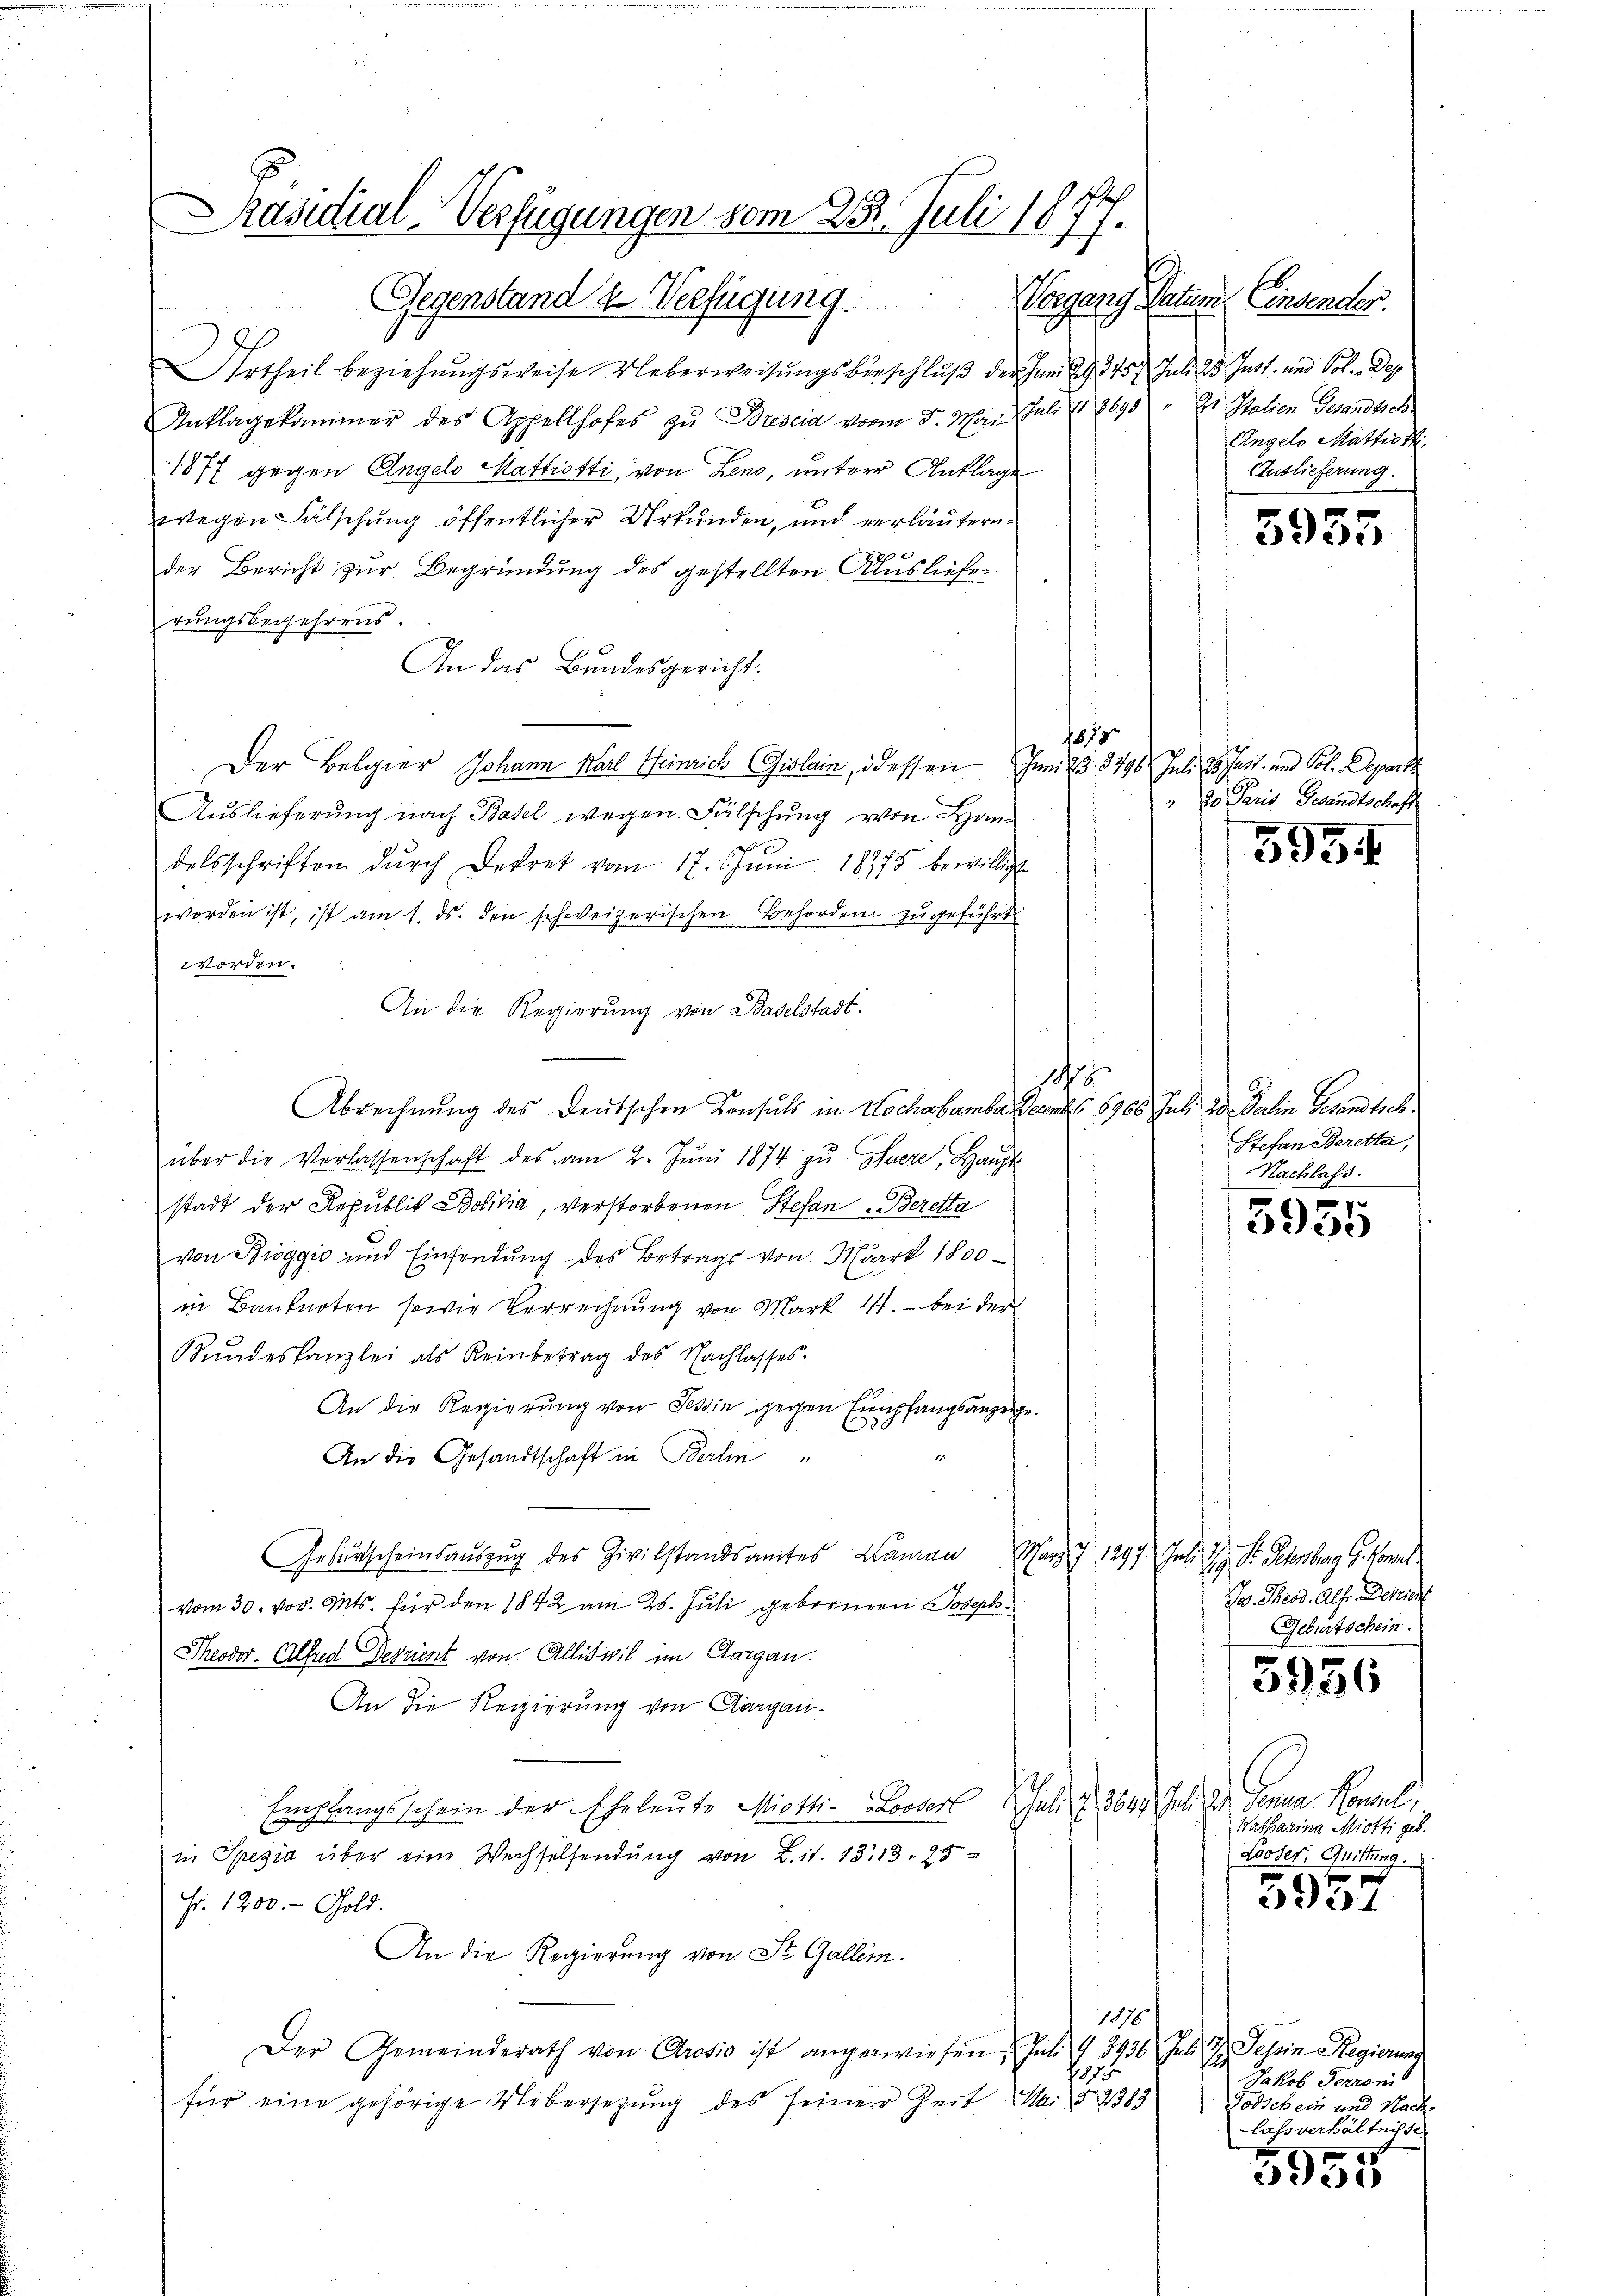
Urtheil beziehungsweise Ueberweisungsverschluß der Juni l. 3457 Juli 25. Just- und Vol. Dep
Anklagekammer des Appellhofes zu Brescia vom 5. Mai, Juli d. 2695 " Es Italien Gesandtsch
1877 gegen Angelo Mattiotti von Leno, untere Anklage
wegen Fälschung öffentlicher Urkunden, und verläutern.
der Bericht zur Begründung des gestellten Ausliefe
rungsbegehrens.
An das Bundesgericht.
Der Belgier Johann Karl Heinrich Gislein, dessen Juni 23. 3796 Juli 30. Just und Col. Depart
Auslieferung nach Basel wegen Fälschung von Handelsschriften dŭrch Dekret vom 17. Jŭni 18975 bewilligt
worden ist, ist am 1. ds. den schweizerischen Behörden zugeführt
worden.
An die Regierung von Baselstadt.
8
Abrechnŭng des Deutschen Konsuls in Hochabarbar andes 18766 Juli 20. Derlin Gesandtsch
über die Verlassenschaft des am 2. Jŭni 1874 zŭ Gfueze, Haupt
stadt der Republik Bolivia, verstorbenen Stefan Beretta
von Bioggio und Einsendung des Betrags von Mark 1800
in Banknoten, sowie Verrechnung von Mark. 4. bei der
Bŭndeskanzlei als Reinbetrag des Nachlasses.
An die Regierung von Tessin gegen Empfangsanzeige.
An die Gesandtschaft in Berlin
Gebŭrtscheinsaŭszŭg des Zivilstandsamtes Lana Marz. 7. 1297. Juli H. St. Petersberg G. Vont
vom 30. vor. Mts. für den 1842 am 25. Juli gebornen Joseph
Theodor Alfred Begrient von Allis vil im Aargau.
An die Reizierung von Aargaui¬
Empfangsschein der Eheleute Miethi- Looser Juli u. 3644. Juli. Der Genua Konsul,

in Spezia über eine Wechselsendŭng von Lit. 1313. 25
Fr. 1200. - Gold.
An die Regierung von St. Gallem.
1875
Der Gemeinderath von Crosio ist angewiesen, Juli 9 3436. Juli d. Sepin Regierung
17
für eine gehörige Uebersetzŭng des seiner Zeit Mai § 2383

Präsidial-Verfügungen vom 23. Juli 1877.
Gegenstand & Verfügung:

Vorgang Natur Censender.
Angelo Mattist.
Auslieferung.

5935

1870
" 20 Paris Gesandtschaft

5934

Stefan Beretta,
Nachlass.

3955

o. Theod. Als Descen
Geburtschein.
Watharina Miotti geb.
Looser, Quittung.
5957

3936

Jakob Terroni
Totschein Nach
lassverhältnisse

355